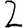
Digit: 2